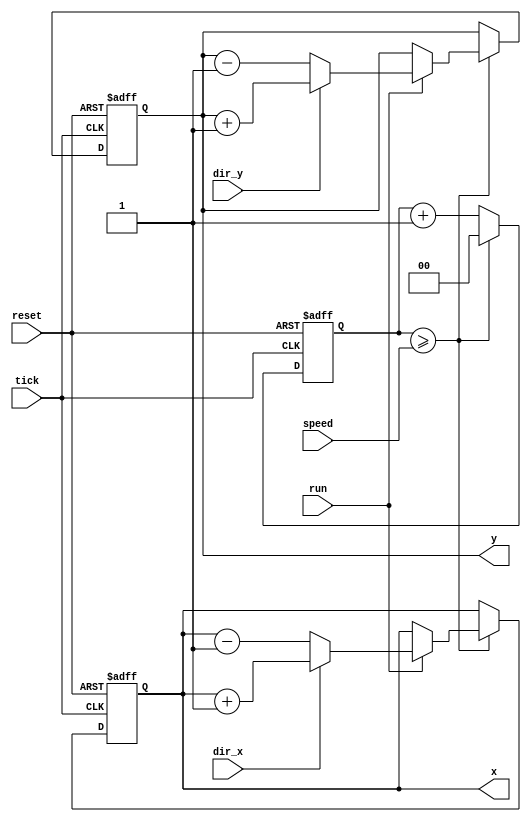
module ball(
	input			reset,
	input			tick,
	input	[1:0]	speed,		// Expressed in frame ticks (the lower, the faster)
	input			dir_x,		// 0 = Left, 1 = Right
	input			dir_y,		// 0 = Up, 1 = Down
	input			run,
	
	output reg	[7:0]	x,		// Current X in 4-pixel units : 0 to 159
	output reg	[7:0]	y		// Current Y in 4-pixel units : 0 to 119
);

	reg	[1:0] count;	// Frame cunter (movement speed)

	always @ (posedge tick or posedge reset) begin
		if (reset) begin
			count <= 2'd0;
			x <= 80;	// Center
			y <= 60;	// Center
		end
		else begin
			if (count >= speed) begin	// Time to move the ball
				count <= 2'd0;
				if (run) begin	// Move ball (constant velocity : 1 unit in both directions)
					if (dir_x)
						x <= x + 8'd1;	// Right
					else
						x <= x - 8'd1;	// Left
						
					if (dir_y)
						y <= y + 8'd1;	// Down
					else
						y <= y - 8'd1;	// Up				
				end
			end
			else
				count <= count + 2'd1;
		end
	end

endmodule